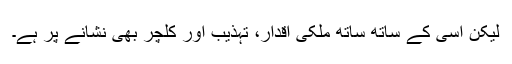
لیکن اسی کے ساتھ ساتھ ملکی اقدار، تہذیب اور کلچر بھی نشانے پر ہے۔